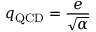
q _ { \mathrm { Q C D } } = { \frac { e } { \sqrt { \alpha } } }